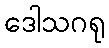
ဒေါသဂရု